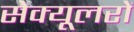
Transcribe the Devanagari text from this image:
सेक्यूलरों